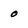
Character: 0